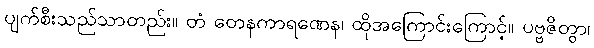
ပျက်စီးသည်သာတည်း။ တံ တေနကာရဏေန၊ ထိုအကြောင်းကြောင့်။ ပဗ္ဗဇိတွာ၊